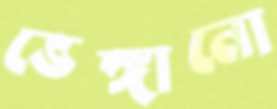
ভেঙ্গানো